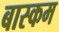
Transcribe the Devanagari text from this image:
बास्कम